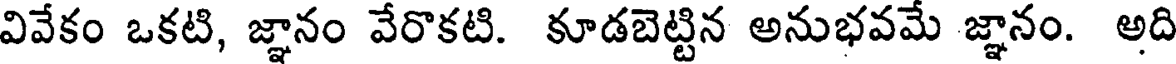
వివేకం ఒకటి, జ్ఞానం వేరొకటి. కూడబెట్టిన అనుభవమే జ్ఞానం. అది